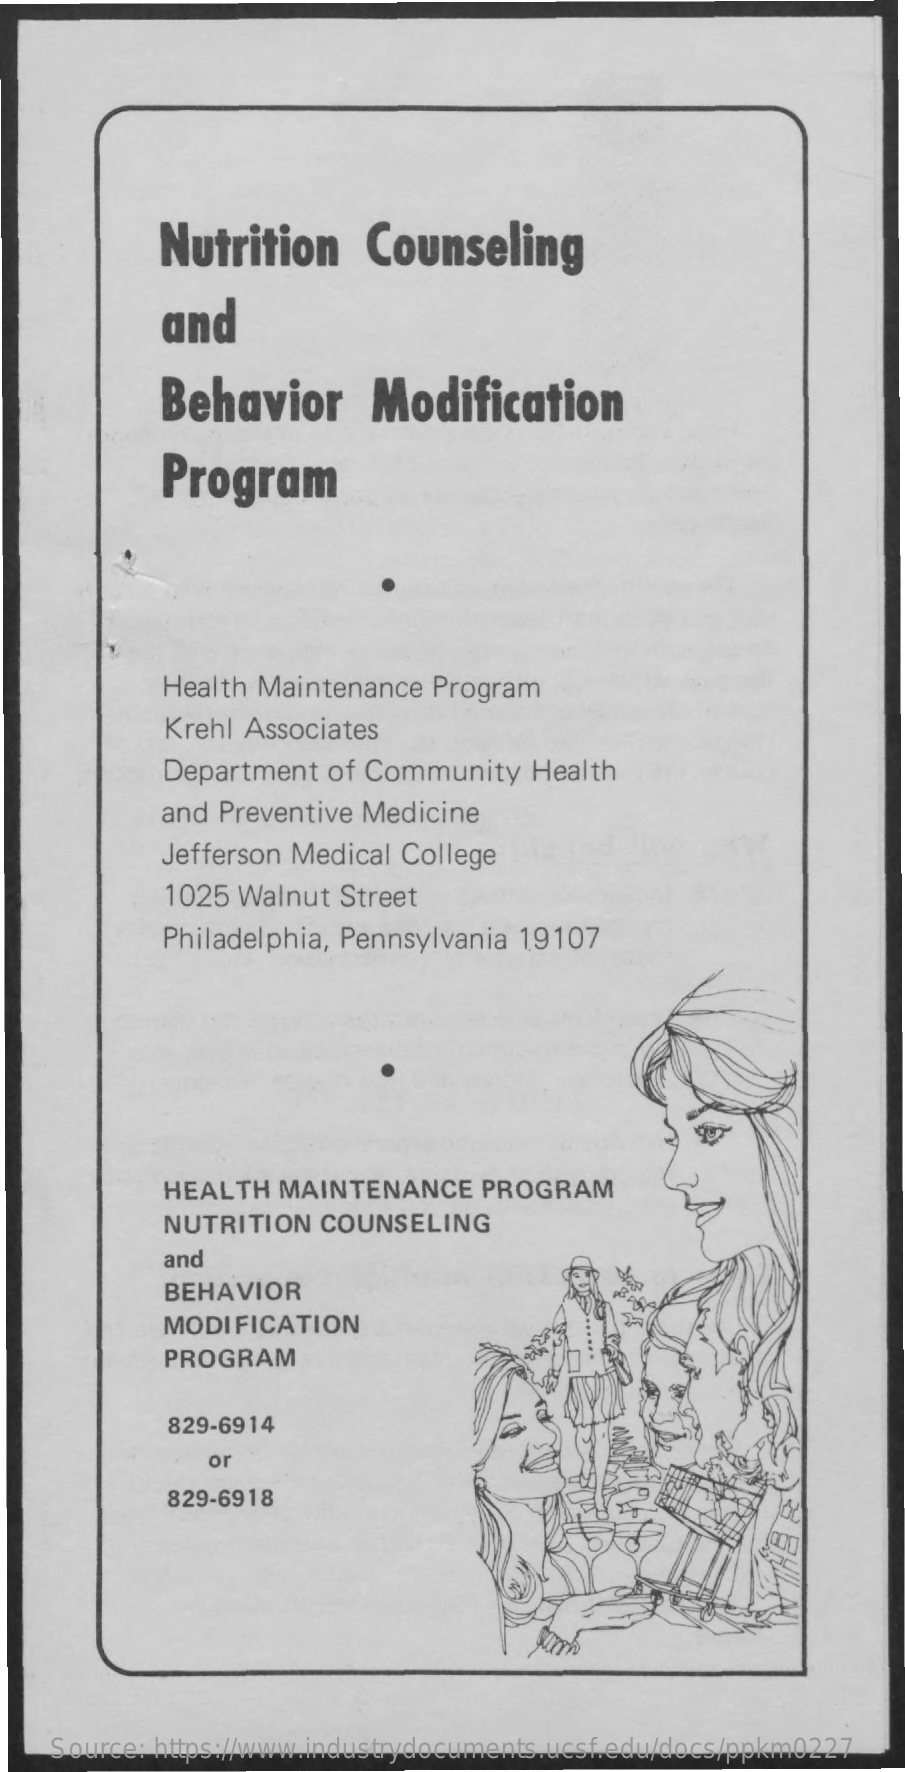
Nutrition    Counseling
     and
     Behavior    Modification
     Program
     Health Maintenance  Program
     Krehl Associates
     Department  of Community   Health
     and Preventive Medicine
     Jefferson Medical College
     1025 Walnut Street
     Philadelphia, Pennsylvania 19107
     HEALTH  MAINTENANCE    PROGRAM
     NUTRITION   COUNSELING
     and
     BEHAVIOR
     MODIFICATION
     PROGRAM
     829-6914
     or
     829-6918
    Source: https://www.industrydocuments.ucsf.edu/docs/ppkm0227